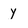
Character: y